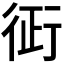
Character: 𧗪